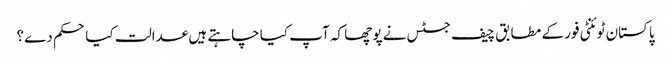
پاکستان ٹوئنٹی فور کے مطابق چیف جسٹس نے پوچھا کہ آپ کیا چاہتے ہیں عدالت کیا حکم دے؟